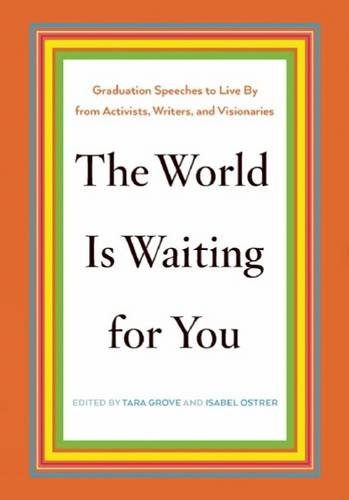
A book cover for The World Is Waiting for You: Graduation Speeches to Live By from Activists, Writers, and Visionaries; Literature & Fiction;